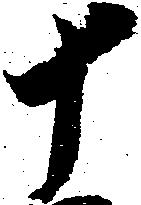
十